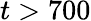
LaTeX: t>700